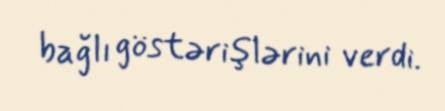
bağlı göstərişlərini verdi.